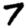
Digit: 7